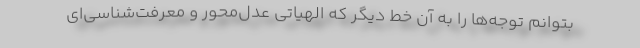
بتوانم توجه‌ها را به آن خط دیگر که الهیاتی عدل‌محور و معرفت‌شناسی‌ای